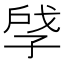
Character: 𪦽